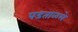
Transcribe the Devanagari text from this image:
पडताळले